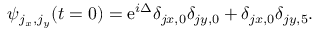
\begin{array} { r } { \psi _ { j _ { x } , j _ { y } } ( t = 0 ) = \mathrm e ^ { i \Delta } \delta _ { j x , 0 } \delta _ { j y , 0 } + \delta _ { j x , 0 } \delta _ { j y , 5 } . } \end{array}